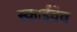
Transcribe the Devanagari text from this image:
स्काईवेव